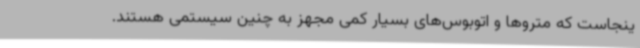
ینجاست که متروها و اتوبوس‌های بسیار کمی مجهز به چنین سیستمی هستند.